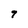
Character: 7